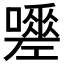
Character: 𭋿